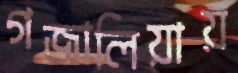
গজালিয়ায়